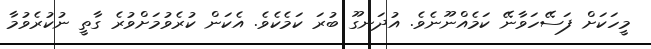
މީހަކަށް ފަސޭހަވާނޭ ކަމެއްނޫނެވެ. އުދަނގޫ ބުރަ ކަމެކެވެ. އެކަން ކުރެވުމަށްވުރެ ގާތީ ނުކުރެވުމާ